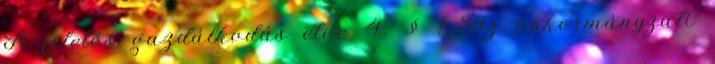
A felelős gazdálkodás elve 4. § 1 Az önkormányzati